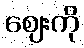
ဈေးကို